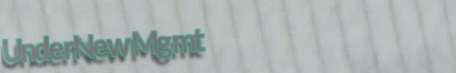
UnderNewMgmt